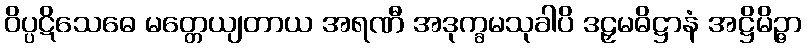
ဝိပ္ပဋိသေဓေ မတ္တေယျတာယ အရဏီ အဒုက္ခမသုခါပိ ဒဠှမဓိဋ္ဌာနံ အဋ္ဌိမိဉ္ဇာ